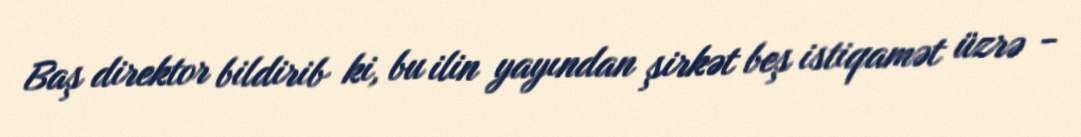
Baş direktor bildirib ki, bu ilin yayından şirkət beş istiqamət üzrə -